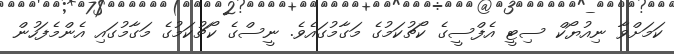
ކަމަށްވާ ނިއުޔޯކް ސިޓީ އެފްސީގެ ކޯޗުކަމުގެ މަގާމުގައެވެ. ނީސްގެ ކޯޗުކަމުގެ މަގާމުގައި އެންމެފަހުން